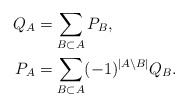
\begin{align*} Q_A &= \sum_{B \subset A} P_B, \\ P_A &= \sum_{B \subset A} (-1)^{|A \setminus B|} Q_B .\end{align*}